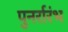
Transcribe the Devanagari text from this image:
पुनर्रारंभ